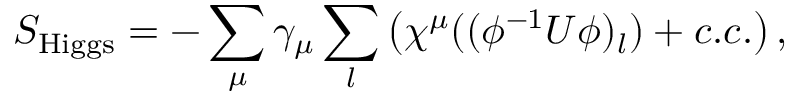
S _ { \mathrm { H i g g s } } = - \sum _ { \mu } \gamma _ { \mu } \sum _ { l } \left( \chi ^ { \mu } ( ( \phi ^ { - 1 } U \phi ) _ { l } ) + c . c . \right) ,